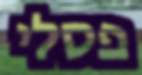
פסלי